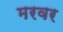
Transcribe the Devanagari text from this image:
मरवर